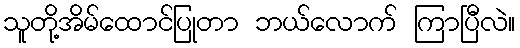
သူတို့အိမ်ထောင်ပြုတာ ဘယ်လောက် ကြာပြီလဲ။